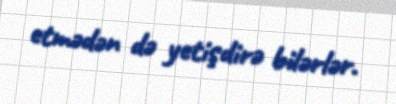
etmədən də yetişdirə bilərlər.